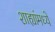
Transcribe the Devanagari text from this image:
शाह्यांमध्ये